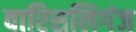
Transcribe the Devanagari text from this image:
वारिसलिगंज